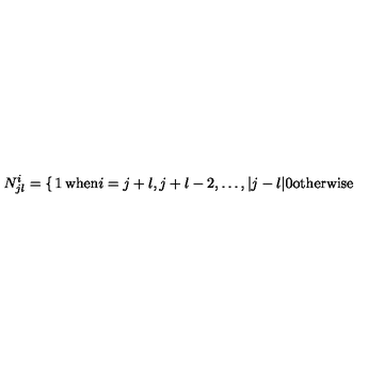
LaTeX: N _ { j l } ^ { i } = \left\{ \begin{matrix} { 1 } & { \mathrm { w h e n } i = j + l , j + l - 2 , \ldots , | j - l | } \\ { 0 } & { \mathrm { o t h e r w i s e } } \\ \end{matrix} \right.